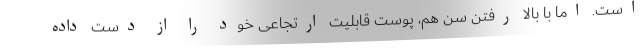
است. اما با بالا رفتن سن هم، پوست قابلیت ارتجاعی خود را از دست داده